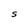
Character: S